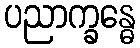
ပညာက္ခန္ဓေ